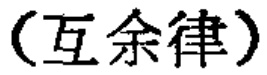
（互余律）